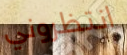
انتظروني